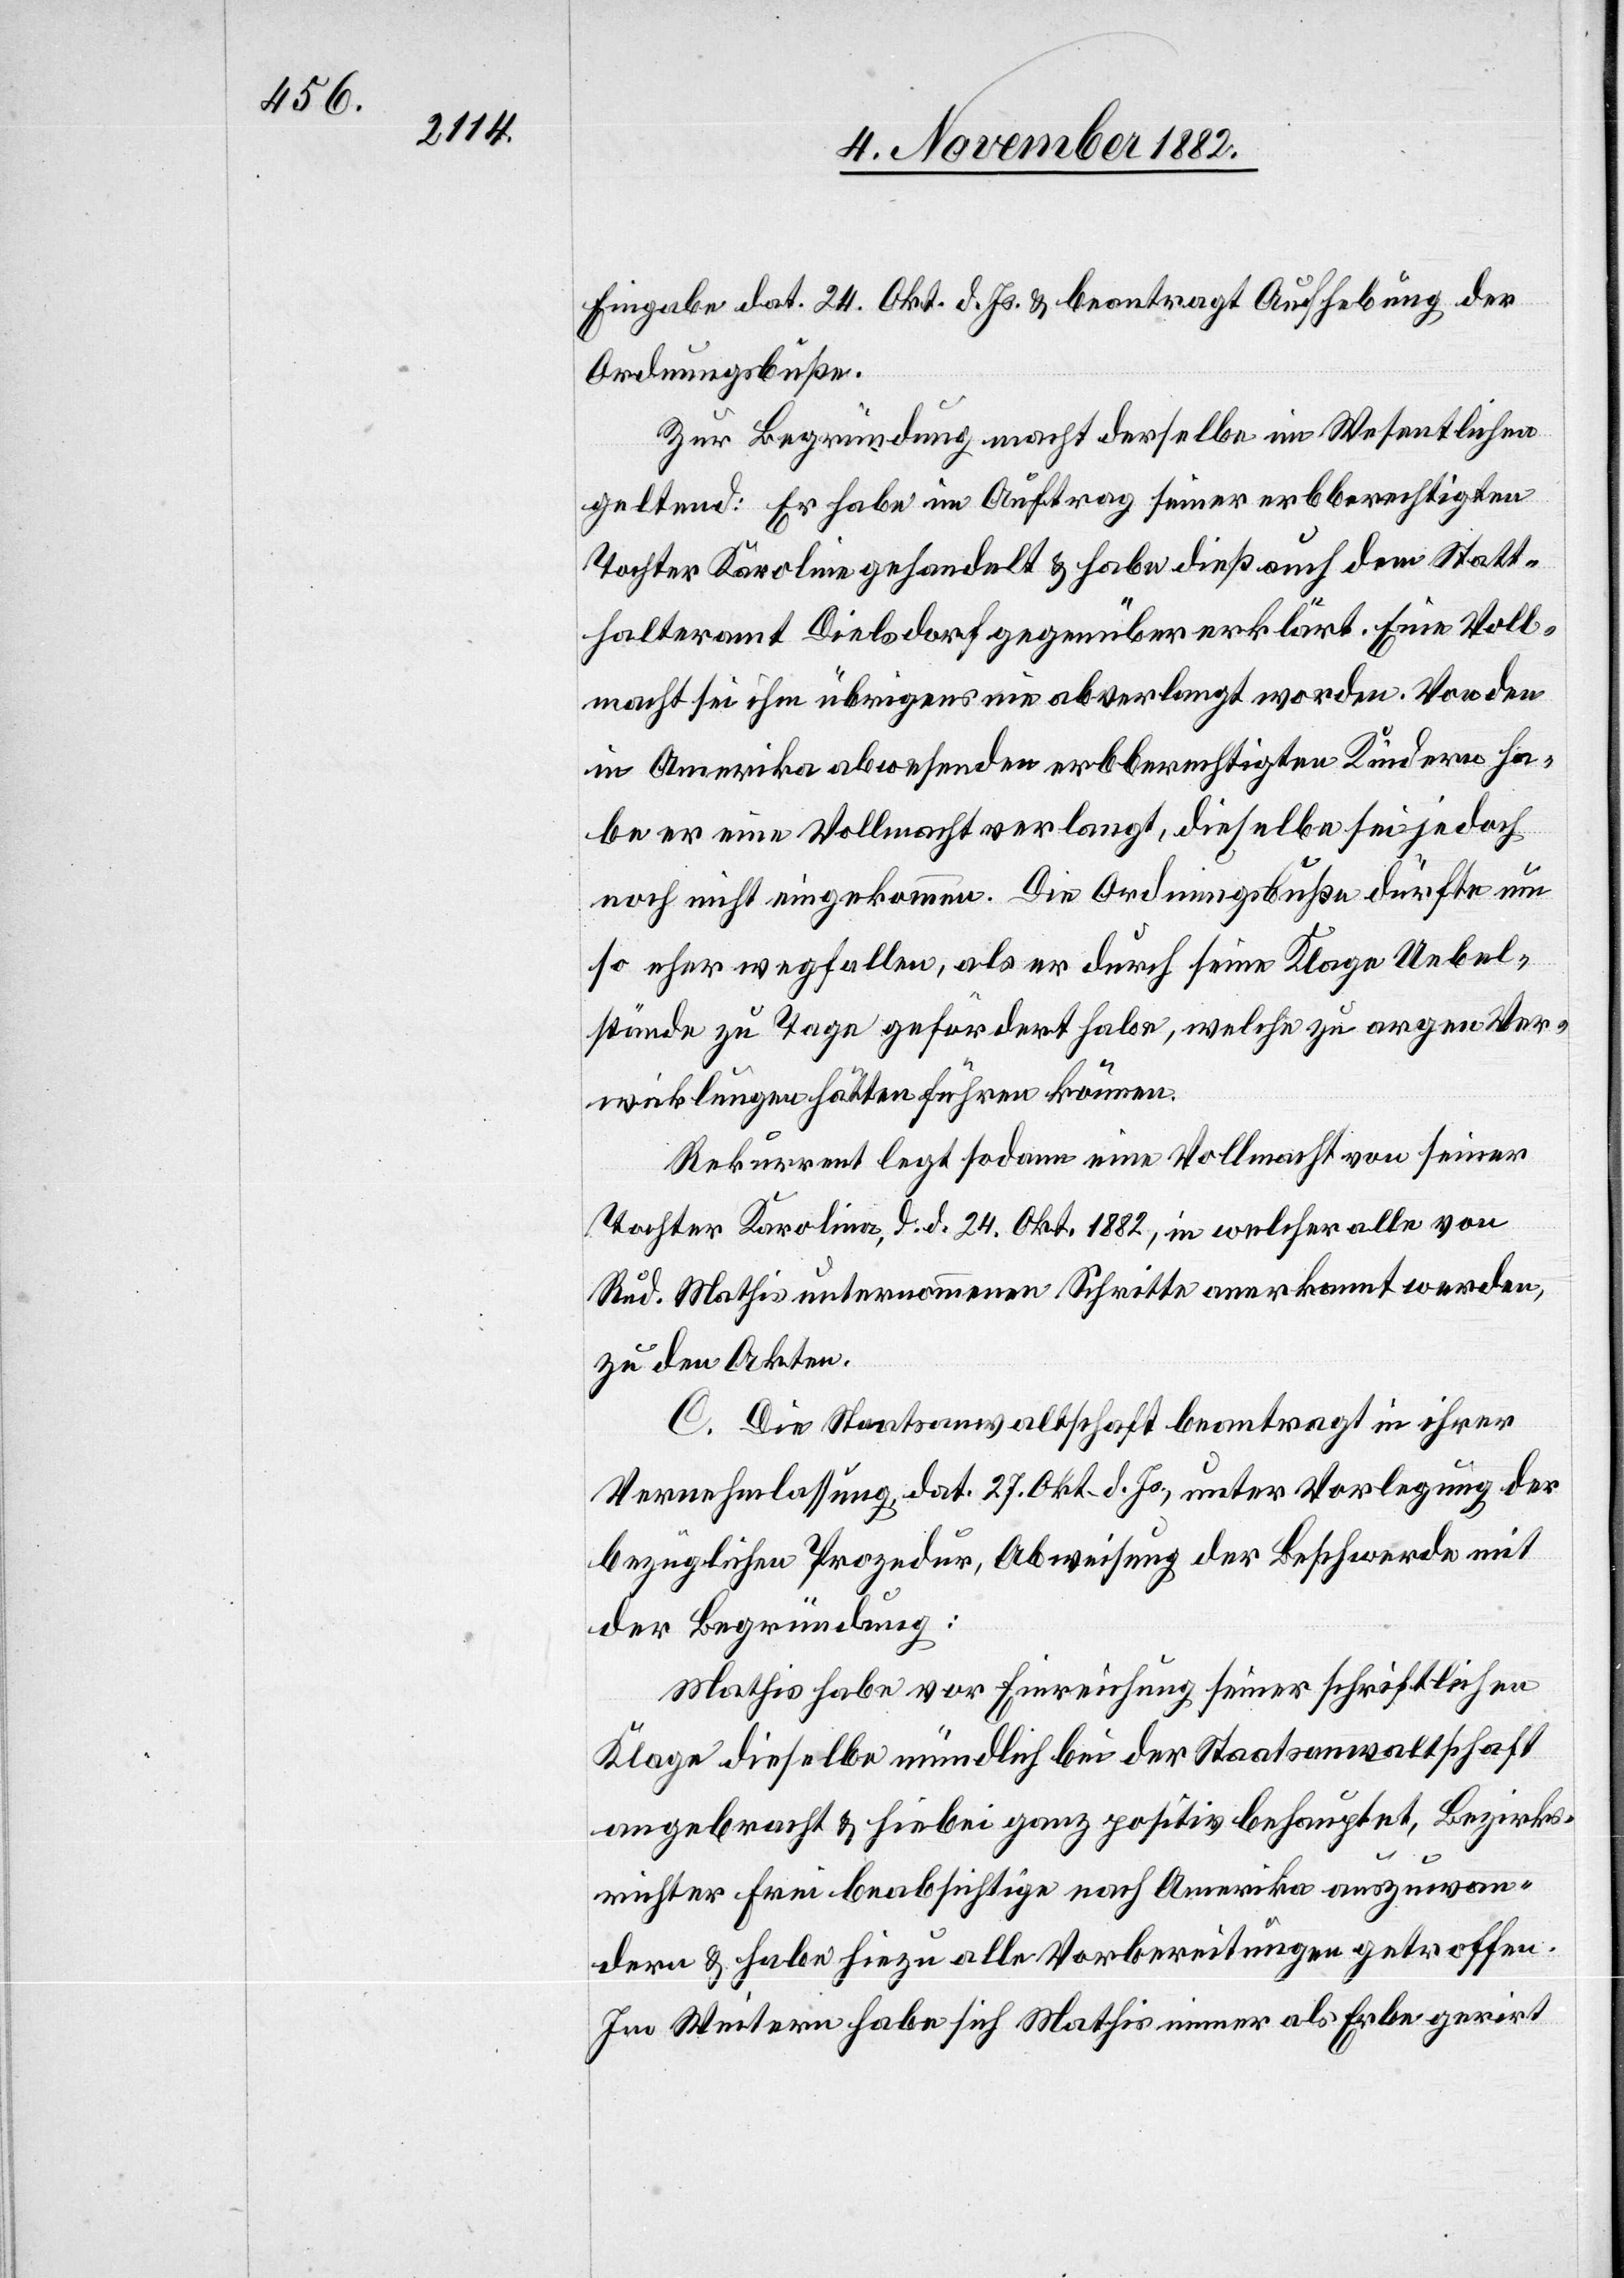
Eingabe dat. 24. Okt. d. Js. & beantragt Aufhebung der
Ordnungsbuße.
Zur Begründung macht derselbe im Wesentlichen
geltend: Er habe im Auftrag seiner erbberechtigten
Tochter Karoline gehandelt & habe dieß auch dem Statt¬
halteramt Dielsdorf gegenüber erklärt. Eine Voll¬
macht sei ihm übrigens nie abverlangt worden. Von den
in Amerika abwesenden erbberechtigten Kindern ha¬
be er eine Vollmacht verlangt, dieselbe sei jedoch
noch nicht eingekommen. Die Ordnungsbuße dürfte um
so eher wegfallen, als er durch seine Klage Uebel¬
stände zu Tage gefördert habe, welche zu argen Ver¬
wicklungen hätten führen können.
Rekurrent legt sodann eine Vollmacht von seiner
Tochter Karolina, d. d. 24. Okt. 1882, in welcher alle von
Rud. Mathis unternommenen Schritte anerkannt werden,
zu den Akten.
C. Die Staatsanwaltschaft beantragt in ihrer
Vernehmlassung, dat 27. Okt. d. Js., unter Vorlegung der
bezüglichen Prozedur, Abweisung der Beschwerde mit
der Begründung.
Mathis habe vor Einreichung seiner schriftlichen
Klage dieselbe mündlich bei der Staatsanwaltschaft
angebracht & hiebei ganz positiv behauptet, Bezirks¬
richter Frei beabsichtige nach Amerika auszuwan¬
dern & habe hiezu alle Vorbereitungen getroffen.
Im Weitern habe sich Mathis immer als Erbe gerirt